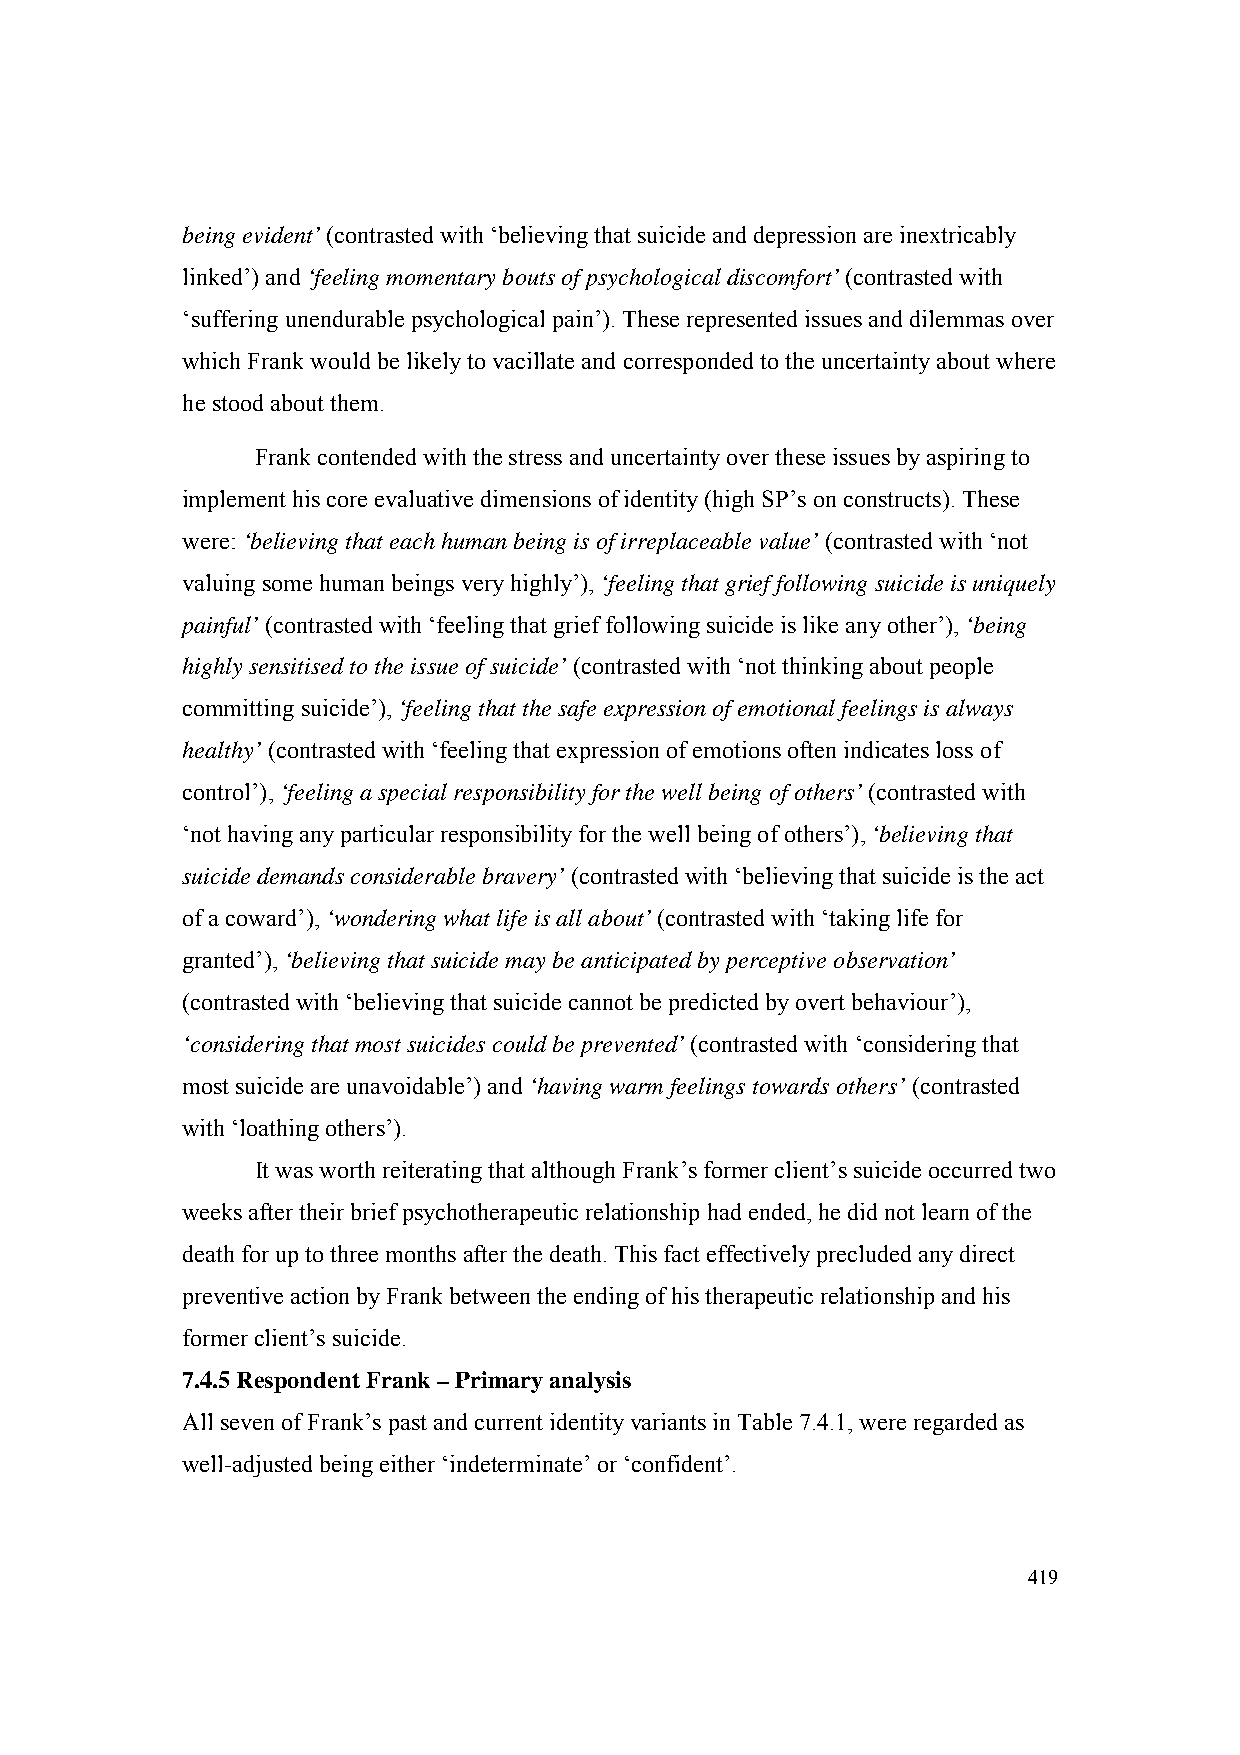
being evident’ (contrasted with ‘believing that suicide and depression are inextricably
 linked’) and ‘feeling momentary bouts of psychological discomfort’ (contrasted with
 ‘suffering unendurable psychological pain’). These represented issues and dilemmas over
 which Frank would be likely to vacillate and corresponded to the uncertainty about where
 he stood about them.
 Frank contended with the stress and uncertainty over these issues by aspiring to
 implement his core evaluative dimensions of identity (high SP’s on constructs). These
 were: ‘believing that each human being is of irreplaceable value’ (contrasted with ‘not
 valuing some human beings very highly’), ‘feeling that grief following suicide is uniquely
 painful’ (contrasted with ‘feeling that grief following suicide is like any other’), ‘being
 highly sensitised to the issue of suicide’ (contrasted with ‘not thinking about people
 committing suicide’), ‘feeling that the safe expression of emotional feelings is always
 healthy’ (contrasted with ‘feeling that expression of emotions often indicates loss of
 control’), ‘feeling a special responsibility for the well being of others’ (contrasted with
 ‘not having any particular responsibility for the well being of others’), ‘believing that
 suicide demands considerable bravery’ (contrasted with ‘believing that suicide is the act
 of a coward’), ‘wondering what life is all about’ (contrasted with ‘taking life for
 granted’), ‘believing that suicide may be anticipated by perceptive observation’
 (contrasted with ‘believing that suicide cannot be predicted by overt behaviour’),
 ‘considering that most suicides could be prevented’ (contrasted with ‘considering that
 most suicide are unavoidable’) and ‘having warm feelings towards others’ (contrasted
 with ‘loathing others’).
 It was worth reiterating that although Frank’s former client’s suicide occurred two
 weeks after their brief psychotherapeutic relationship had ended, he did not learn of the
 death for up to three months after the death. This fact effectively precluded any direct
 preventive action by Frank between the ending of his therapeutic relationship and his
 former client’s suicide.
 7.4.5 Respondent Frank – Primary analysis
 All seven of Frank’s past and current identity variants in Table 7.4.1, were regarded as
 well-adjusted being either ‘indeterminate’ or ‘confident’.
 419